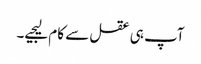
آپ ہی عقل سے کام لیجیے۔